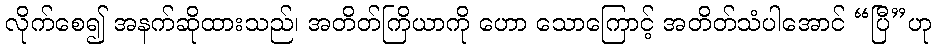
လိုက်စေ၍ အနက်ဆိုထားသည်၊ အတိတ်ကြိယာကို ဟော သောကြောင့် အတိတ်သံပါအောင် “ပြီ”ဟု